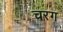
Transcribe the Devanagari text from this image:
चरग